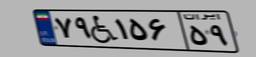
۷۹W۱۵۶۵۹